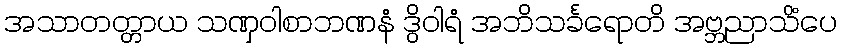
အသာတတ္တာယ သဏှဝါစာဘဏနံ ဒွိဝါရံ အဘိသင်္ခရောတိ အဗ္ဘညာသိံပေ